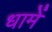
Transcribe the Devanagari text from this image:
धामें